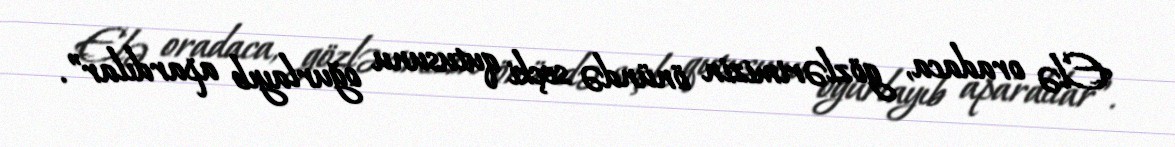
Elə oradaca, gözlərimizin önündə seçki qutusunu oğurlayıb apardılar”.